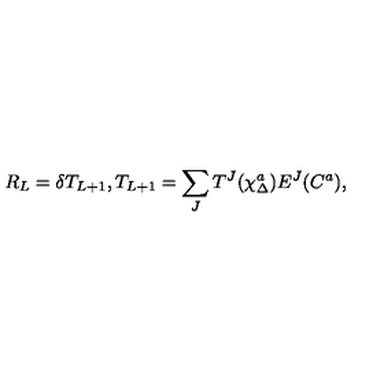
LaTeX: R _ { L } = \delta T _ { L + 1 } , T _ { L + 1 } = \sum _ { J } T ^ { J } ( \chi _ { \Delta } ^ { a } ) E ^ { J } ( C ^ { a } ) ,